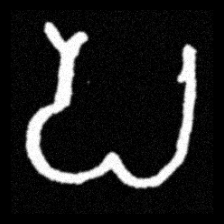
Pyu character \u2014 Myanmar letter: ပ (romanized: pa)